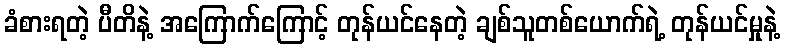
ခံစားရတဲ့ ပီတိနဲ့ အကြောက်ကြောင့် တုန်ယင်နေတဲ့ ချစ်သူတစ်ယောက်ရဲ့ တုန်ယင်မှုနဲ့